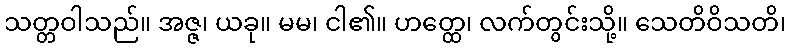
သတ္တဝါသည်။ အဇ္ဇ၊ ယခု။ မမ၊ ငါ၏။ ဟတ္ထေ၊ လက်တွင်းသို့။ သေတိဝိသတိ၊